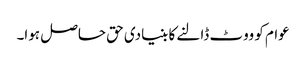
عوام کو ووٹ ڈالنے کا بنیادی حق حاصل ہوا۔